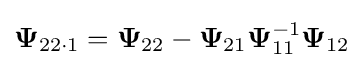
{\mathbf {\Psi } _{22\cdot 1}}={\mathbf {\Psi } }_{22}-{\mathbf {\Psi } }_{21}{\mathbf {\Psi } }_{11}^{-1}{\mathbf {\Psi } }_{12}